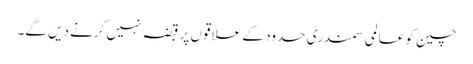
چین کو عالمی سمندری حدود کے علاقوں پر قبضہ نہیں کرنے دیں گے۔